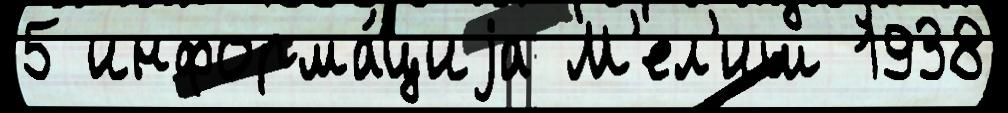
5 информа́циjа М'ел'иш 1938